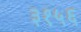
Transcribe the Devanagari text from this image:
३१५६